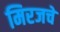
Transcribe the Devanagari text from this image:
मिरजचे